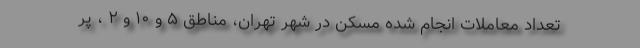
تعداد معاملات انجام شده مسکن در شهر تهران، مناطق ۵ و ۱۰ و ۲ ، پر